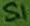
Text: S1